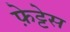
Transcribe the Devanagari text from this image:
फ़ेट्टेस